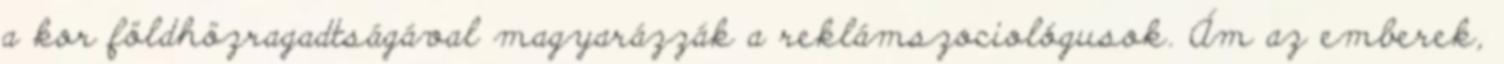
a kor földhözragadtságával magyarázzák a reklámszociológusok. Ám az emberek,